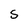
Character: S